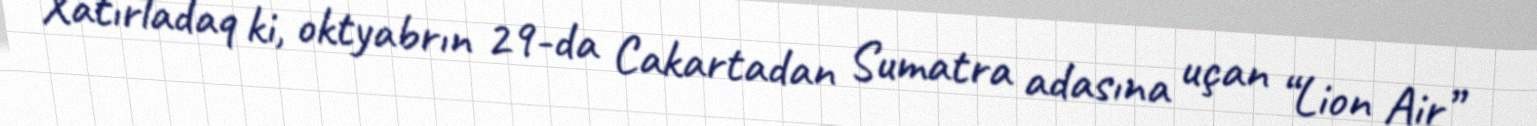
Xatırladaq ki, oktyabrın 29-da Cakartadan Sumatra adasına uçan “Lion Air”